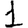
Digit: 1